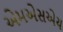
એમએસએચ